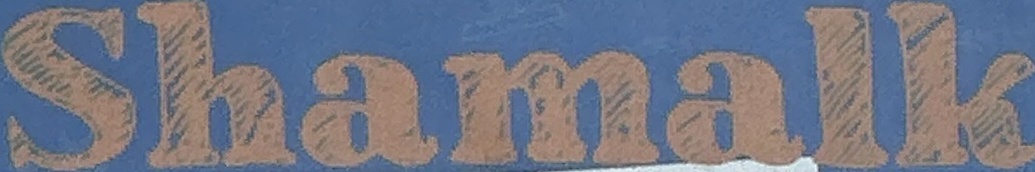
Shamalk